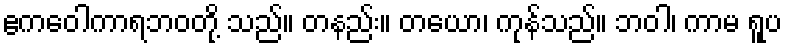
ဧကဝေါကာရဘဝတို့ သည်။ တနည်း။ တယော၊ ကုန်သည်။ ဘဝါ၊ ကာမ ရူပ